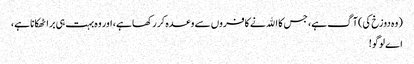
(وہ دوزخ کی) آگ ہے، جس کا اﷲ نے کافروں سے وعدہ کر رکھا ہے، اور وہ بہت ہی برا ٹھکانا ہے،
اے لوگو!